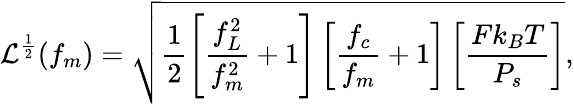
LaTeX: \mathcal{L}^{\frac{1}{2}}(f_{m})=\sqrt{\frac{1}{2}\left[\frac{f_{L}^{2}}{f_{m}^{2}}+1\right]\left[\frac{f_{c}}{f_{m}}+1\right]\left[\frac{Fk_{B}T}{P_{s}}\right]},